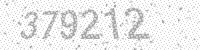
Solution: 379212